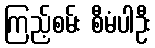
ကြည့်စမ်း စီမံပါဦး